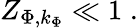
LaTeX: Z_{\Phi,k_{\Phi}}\ll 1\; .